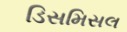
ડિસમિસલ